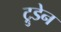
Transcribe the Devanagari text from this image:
ट्रुडेन